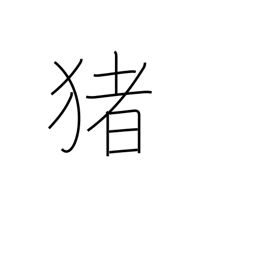
Meaning: boar